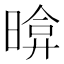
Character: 𣉂